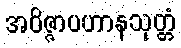
အဝိဇ္ဇာပဟာနသုတ္တံ